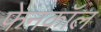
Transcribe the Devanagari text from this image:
फेनकॉल